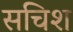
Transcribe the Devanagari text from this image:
सचिश